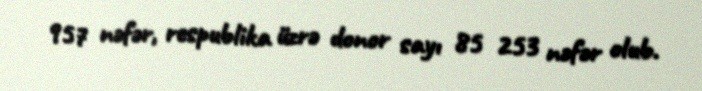
957 nəfər, respublika üzrə donor sayı 85 253 nəfər olub.